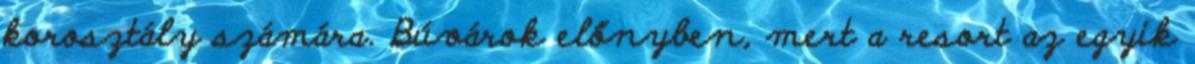
korosztály számára. Búvárok előnyben, mert a resort az egyik